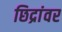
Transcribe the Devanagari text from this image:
छिद्रांवर